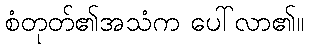
စံတုတ်၏အသံက ပေါ်လာ၏။